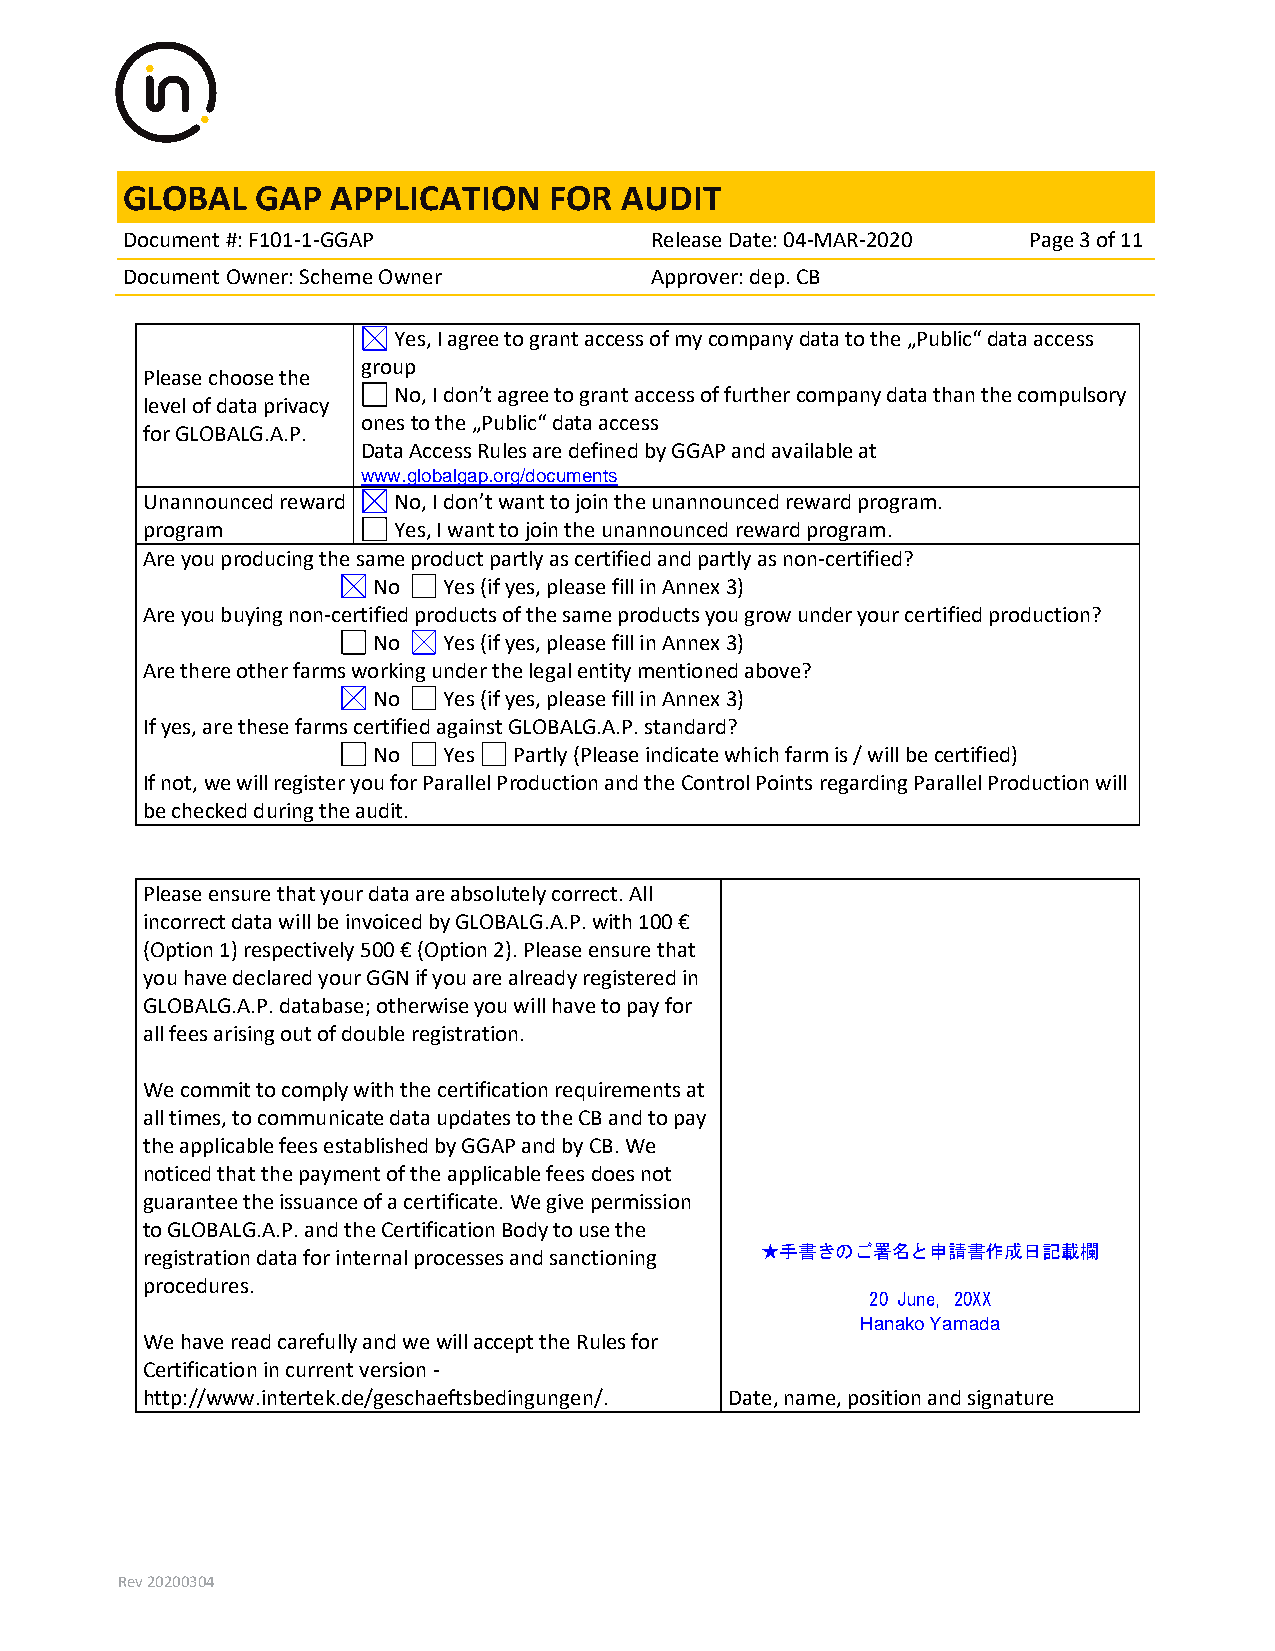
GLOBAL   GAP  APPLICATION   FOR  AUDIT
 Document #: F101-1-GGAP            Release Date: 04-MAR-2020 Page 3 of 11
 Document Owner: Scheme Owner       Approver: dep. CB
 Yes, I agree to grant access of my company data to the „Public“ data access
 group
 Please choose the
 No, I don’t agree to grant access of further company data than the compulsory
 level of data privacy
 ones to the „Public“ data access
 for GLOBALG.A.P.
 Data Access Rules are defined by GGAP and available at
 www.globalgap.org/documents
 Unannounced reward No, I don’t want to join the unannounced reward program.
 program          Yes, I want to join the unannounced reward program.
 Are you producing the same product partly as certified and partly as non-certified?
 No  Yes (if yes, please fill in Annex 3)
 Are you buying non-certified products of the same products you grow under your certified production?
 No  Yes (if yes, please fill in Annex 3)
 Are there other farms working under the legal entity mentioned above?
 No  Yes (if yes, please fill in Annex 3)
 If yes, are these farms certified against GLOBALG.A.P. standard?
 No  Yes  Partly (Please indicate which farm is / will be certified)
 If not, we will register you for Parallel Production and the Control Points regarding Parallel Production will
 be checked during the audit.
 Please ensure that your data are absolutely correct. All
 incorrect data will be invoiced by GLOBALG.A.P. with 100 €
 (Option 1) respectively 500 € (Option 2). Please ensure that
 you have declared your GGN if you are already registered in
 GLOBALG.A.P. database; otherwise you will have to pay for
 all fees arising out of double registration.
 We commit to comply with the certification requirements at
 all times, to communicate data updates to the CB and to pay
 the applicable fees established by GGAP and by CB. We
 noticed that the payment of the applicable fees does not
 guarantee the issuance of a certificate. We give permission
 to GLOBALG.A.P. and the Certification Body to use the
 registration data for internal processes and sanctioning ★手書きのご署名と申請書作成日記載欄
 procedures.
 20 June, 20XX
 Hanako Yamada
 We have read carefully and we will accept the Rules for
 Certification in current version -
 http://www.intertek.de/geschaeftsbedingungen/. Date, name, position and signature
 Rev 20200304